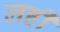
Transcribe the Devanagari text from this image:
लहीं